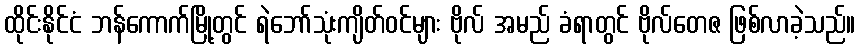
ထိုင်းနိုင်ငံ ဘန်ကောက်မြို့တွင် ရဲဘော်သုံးကျိတ်ဝင်များ ဗိုလ် အမည် ခံရာတွင် ဗိုလ်တေဇ ဖြစ်လာခဲ့သည်။